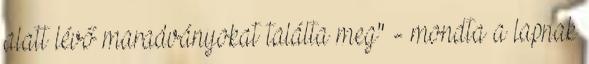
alatt lévő maradványokat találta meg" - mondta a lapnak